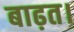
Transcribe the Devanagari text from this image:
बाढ़त।